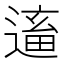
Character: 𨕢